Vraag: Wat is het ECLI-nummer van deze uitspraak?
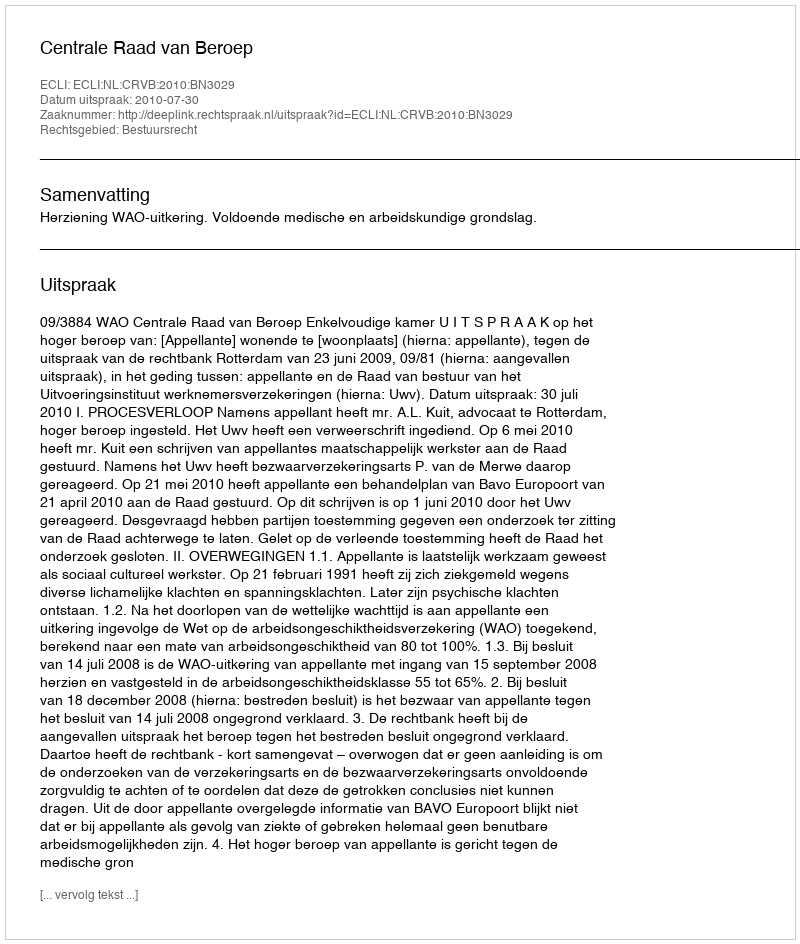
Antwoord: ECLI:NL:CRVB:2010:BN3029